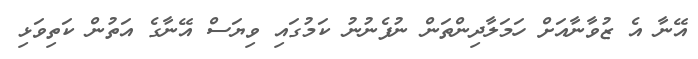
އޭނާ އެ ޒުވާނާއަށް ހަމަލާދިންތަން ނުފެނުނު ކަމުގައި ވިޔަސް އޭނާގެ އަތުން ކަތިވަޅި